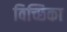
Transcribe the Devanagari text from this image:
विच्छिका